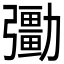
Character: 𠣀